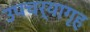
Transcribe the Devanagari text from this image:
उपचर्यागृह